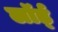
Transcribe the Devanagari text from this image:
लॉर्ड्